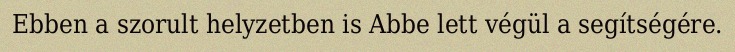
Ebben a szorult helyzetben is Abbe lett végül a segítségére.